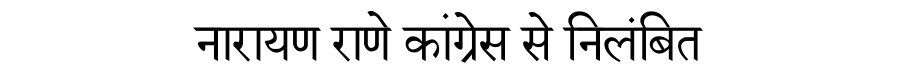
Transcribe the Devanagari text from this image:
नारायण राणे कांग्रेस से निलंबित